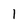
Character: 1